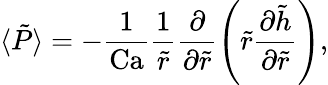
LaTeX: \langle\tilde{P}\rangle=-\frac{1}{\mathrm{Ca}}\frac{1}{\tilde{r}}\frac{\partial}{\partial\tilde{r}}\left(\tilde{r}\frac{\partial\tilde{h}}{\partial\tilde{r}}\right),